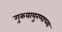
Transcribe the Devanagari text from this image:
गुरुवायुरप्पाच्या